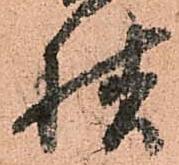
様